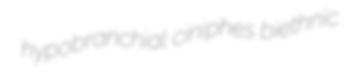
hypobranchial ciniphes biethnic